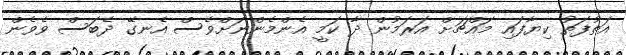
އަތުފަތު ކިޔާފައި މައްޗަށް އަރަމުން ދާ ކަމީ އެންމެންނަށްވެސް އެނގޭ ދެބަސް ވެވެން